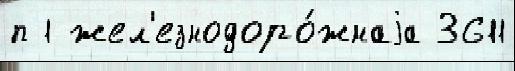
п 1 жел'езнодоро́жнаjа 3611